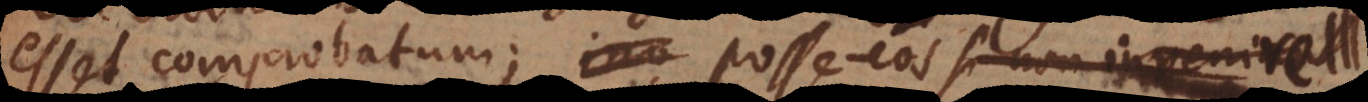
esset comprobatum; posse eos saltem evitare